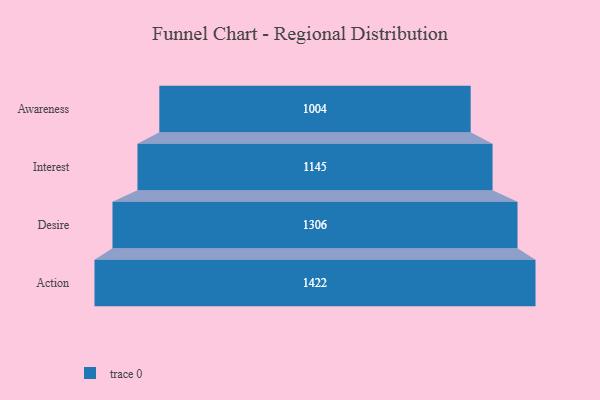
{"axis": {"x": "Stage", "y": "Value"}, "legend": [""], "data": [{"x": "Awareness", "y": 1004.0, "type": ""}, {"x": "Interest", "y": 1145.0, "type": ""}, {"x": "Desire", "y": 1306.0, "type": ""}, {"x": "Action", "y": 1422.0, "type": ""}]}